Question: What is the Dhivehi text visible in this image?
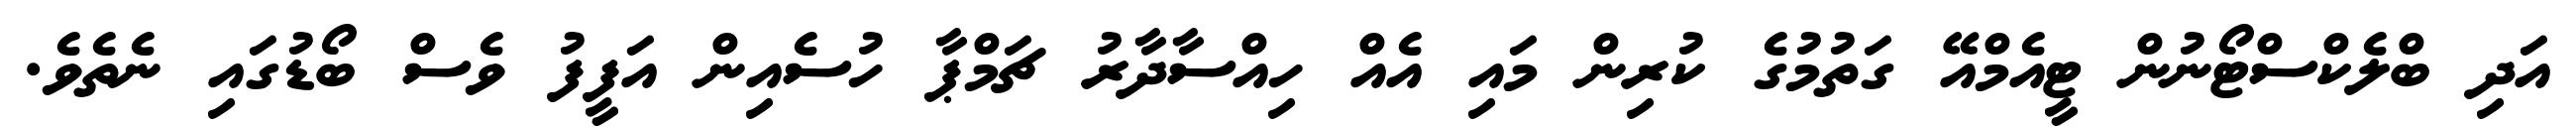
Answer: އަދި ބްލެކްސްޓޯނުން ޓީއެމްއޭ ގަތުމުގެ ކުރިން މައި އެއް ހިއްސާދާރު ޗަމްޕާ ހުސެއިން އަފީފު ވެސް ބޯޑުގައި ނެތެވެ.